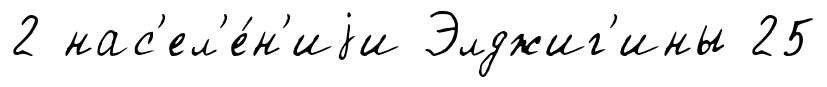
2 нас'ел'е́н'иjи Элджиг'ины 25